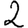
Digit: 2